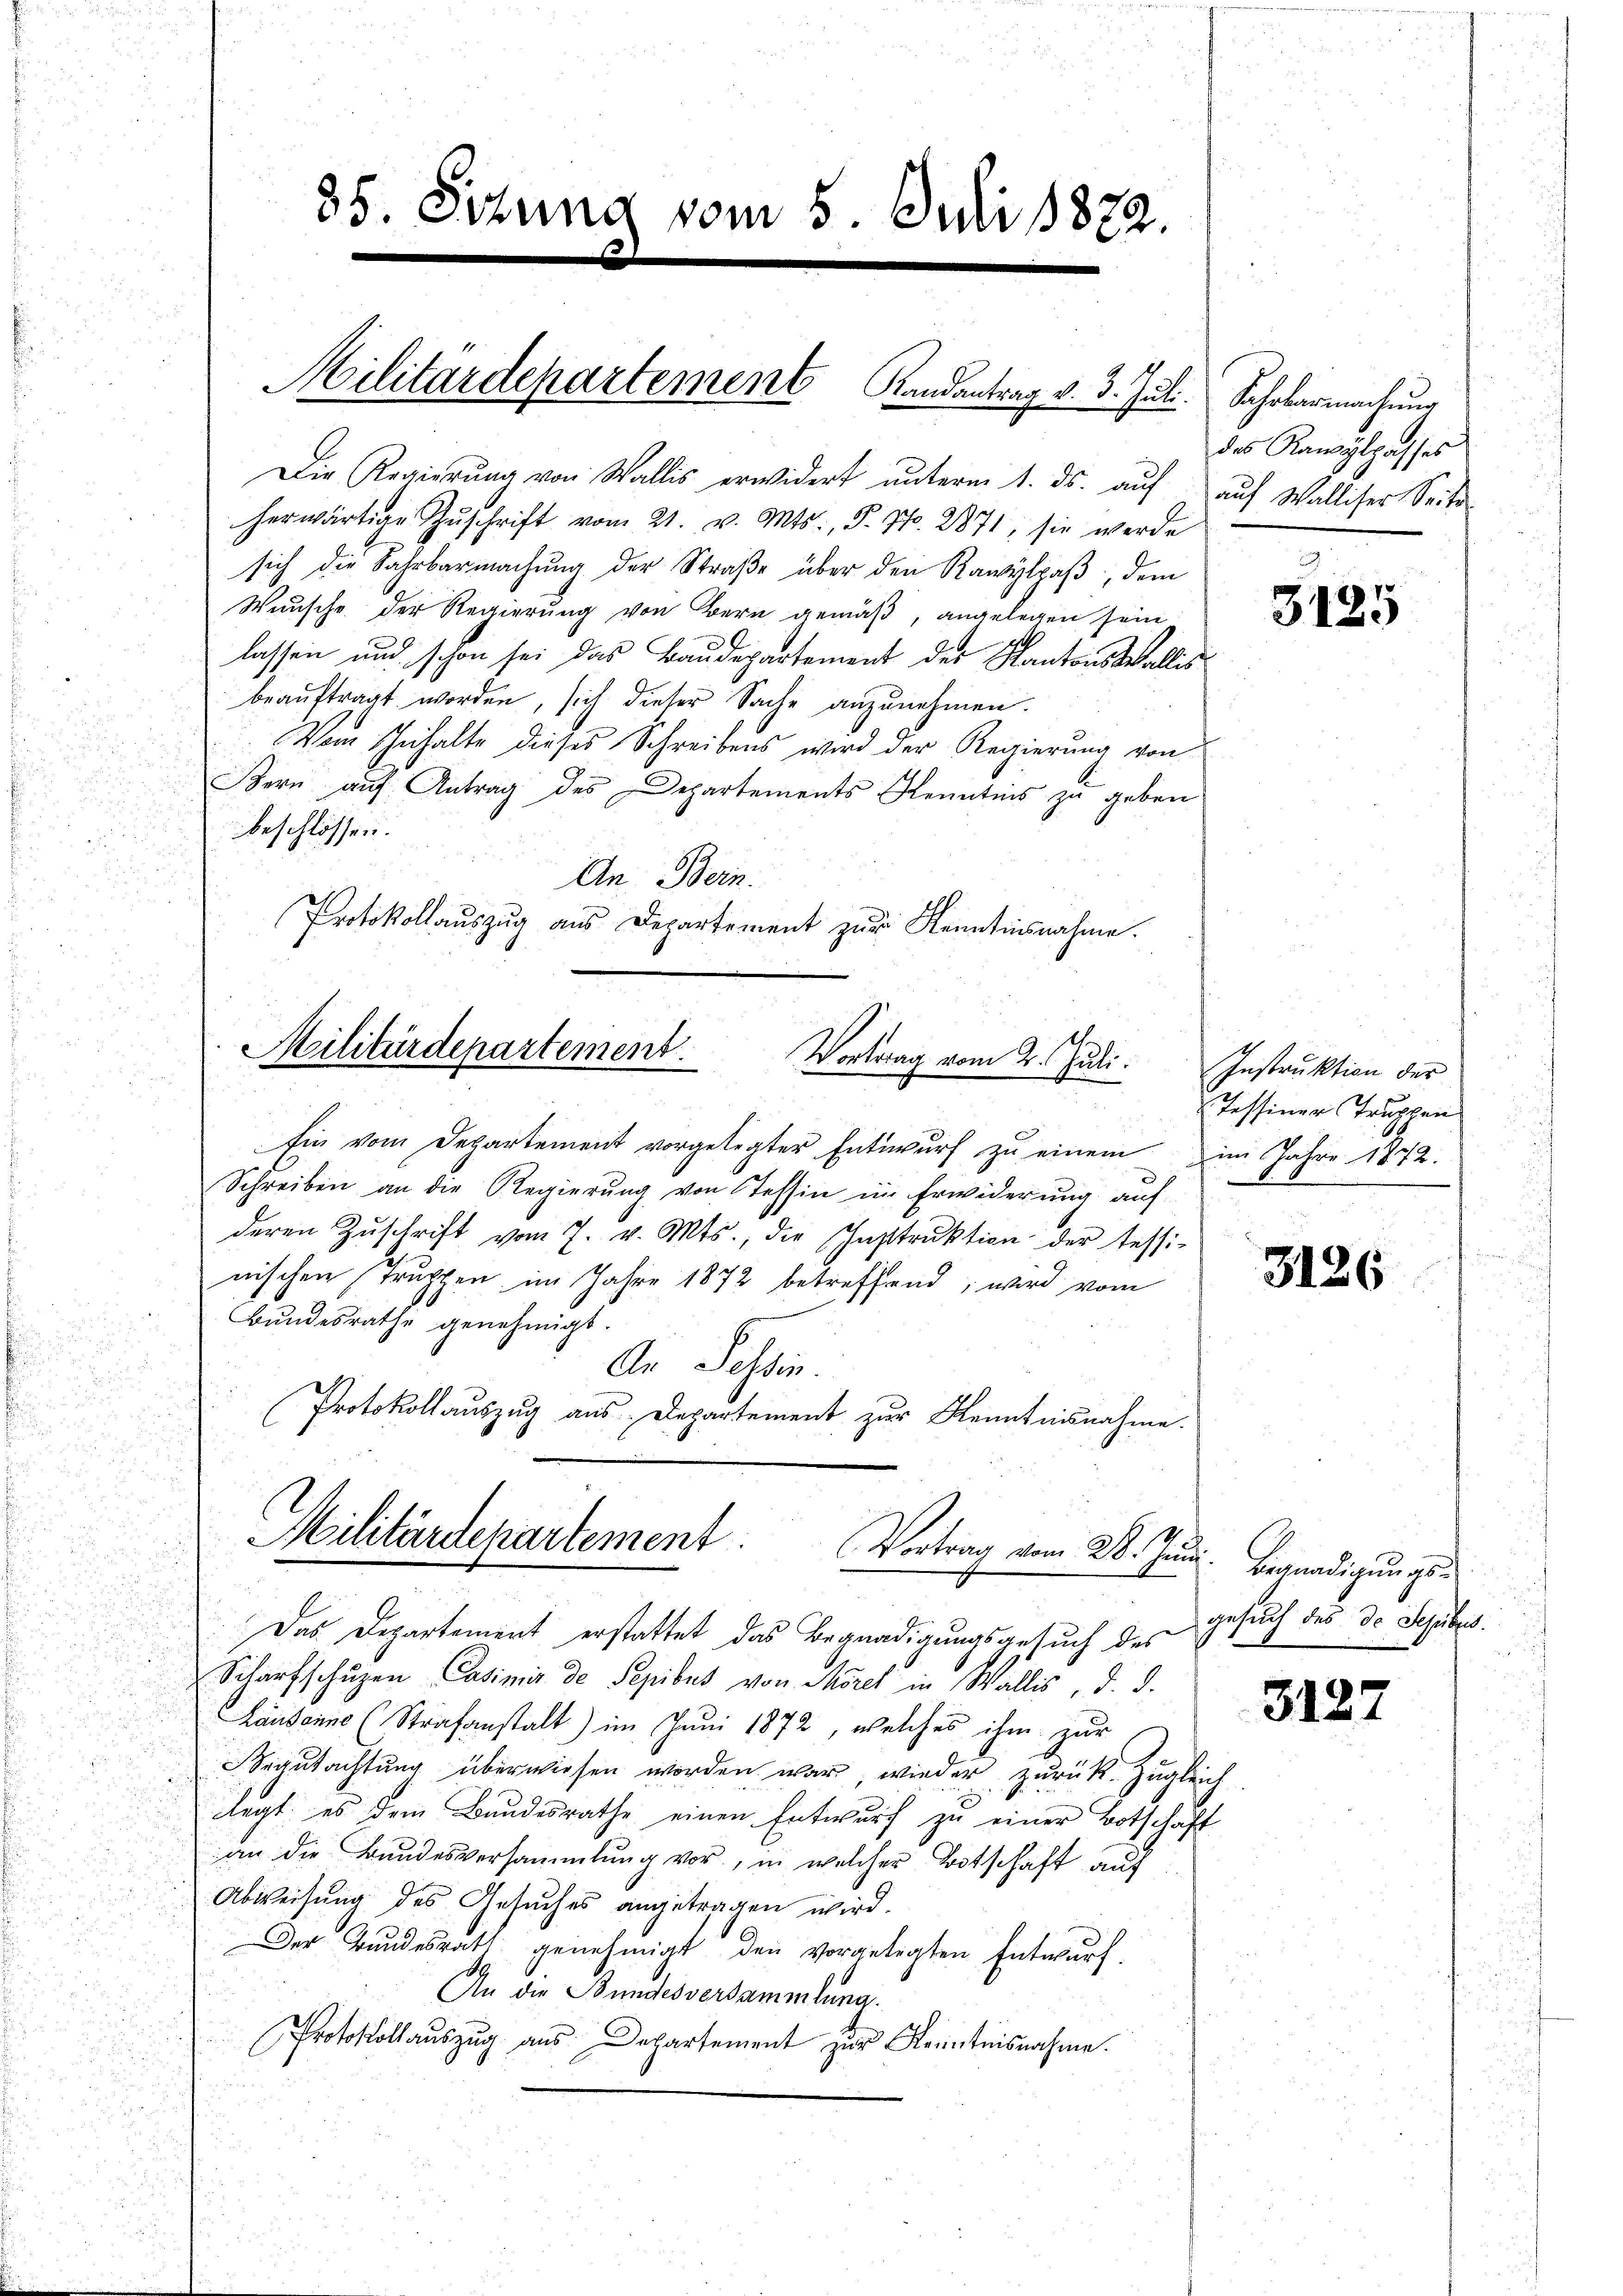
85. Sitzung vom 5. Juli 1822.
¬

Militärdepartement Randantrag v. 3. Juli.

Die Regierŭng von Wallis erwidert ŭnterm 1. ds. aŭf aŭf Walliser Seite
herwärtige Zŭschrift vom 21. v. Mts., S. Nr. 2871; sie werde
sich die Fahrbarmachung der Straße über den Rawylpaß, dem
Wunsche der Regierung von Bern gemäß, angelegen sein
lassen und schon sei das Baudepartement der Kantonstallis
beauftragt worden, sich dieser Sache anzunehmen.
d
Vom Inhalte dieses Schreibens wird der Regierung von
a
u
Bern auf Antrag des Departements Kenntnis zu geben

beschlossen:
u
An Bern.
n
Protokollauszug aus Departement zur Kenntnisnahme.

Militärdepartement.
Vortrag vom 2. Juli.

Militärdepartement.
Vortrag vom 28. Juni. Begnadigungs¬
Das Departement erstattet das Begnadigungsgesuch des

Ein vom Departement vorgelegter Entwurf zu einem im Jahre 1872.
Schreiben an die Regierung von Tessin im Erwiderung auf
deren Zŭschrift vom 7. v. Mts., die Instrŭktion der tessi-
nischen Truppen im Jahre 1872 betreffend, wird vom
Bundesrathe genehmigt.
An Tessin.
Protokollauszug aus Departement zur Kenntnisnahme.
E
Scharfschuzen Casimir de Sepibus von Morel in Wallis, d. d.
Lausanne (Strafanstalt) im Juni 1872, welches ihm zur
Begutachtung überwiesen worden war, wieder zurück. Zugleich
legt, es dem Bundesrathe einen Entwurf zu einer Botschaft
an die Bundesversammlung vor, in welcher Todtschaft auf
Abweisung des Gesuches angetragen wird.
Der Bundesrath genehmigt den vorgelegten Entwurf.
An die Bundesversammlung.
Protokollauszug aus Departement zur Kenntnisnahme.

Fahrbarmachung
des Rawylpasses

3125

Instruktion der
Tessiner Truppen

3126

gesuch des de Schubes.

3127